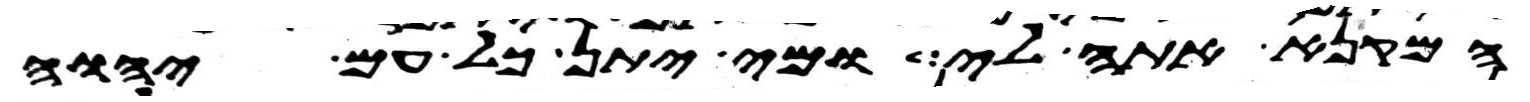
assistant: המקנא אתה לי ומי יתן כל עם יהוה